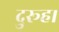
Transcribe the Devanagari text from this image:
दुरूह।